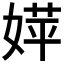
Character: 𡞴